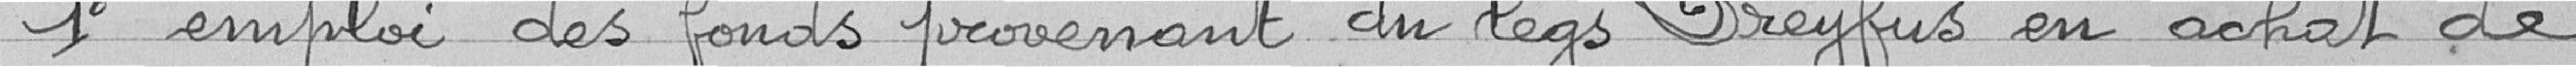
1° emploi des fonds provenant du legs Dreyfus en achat de